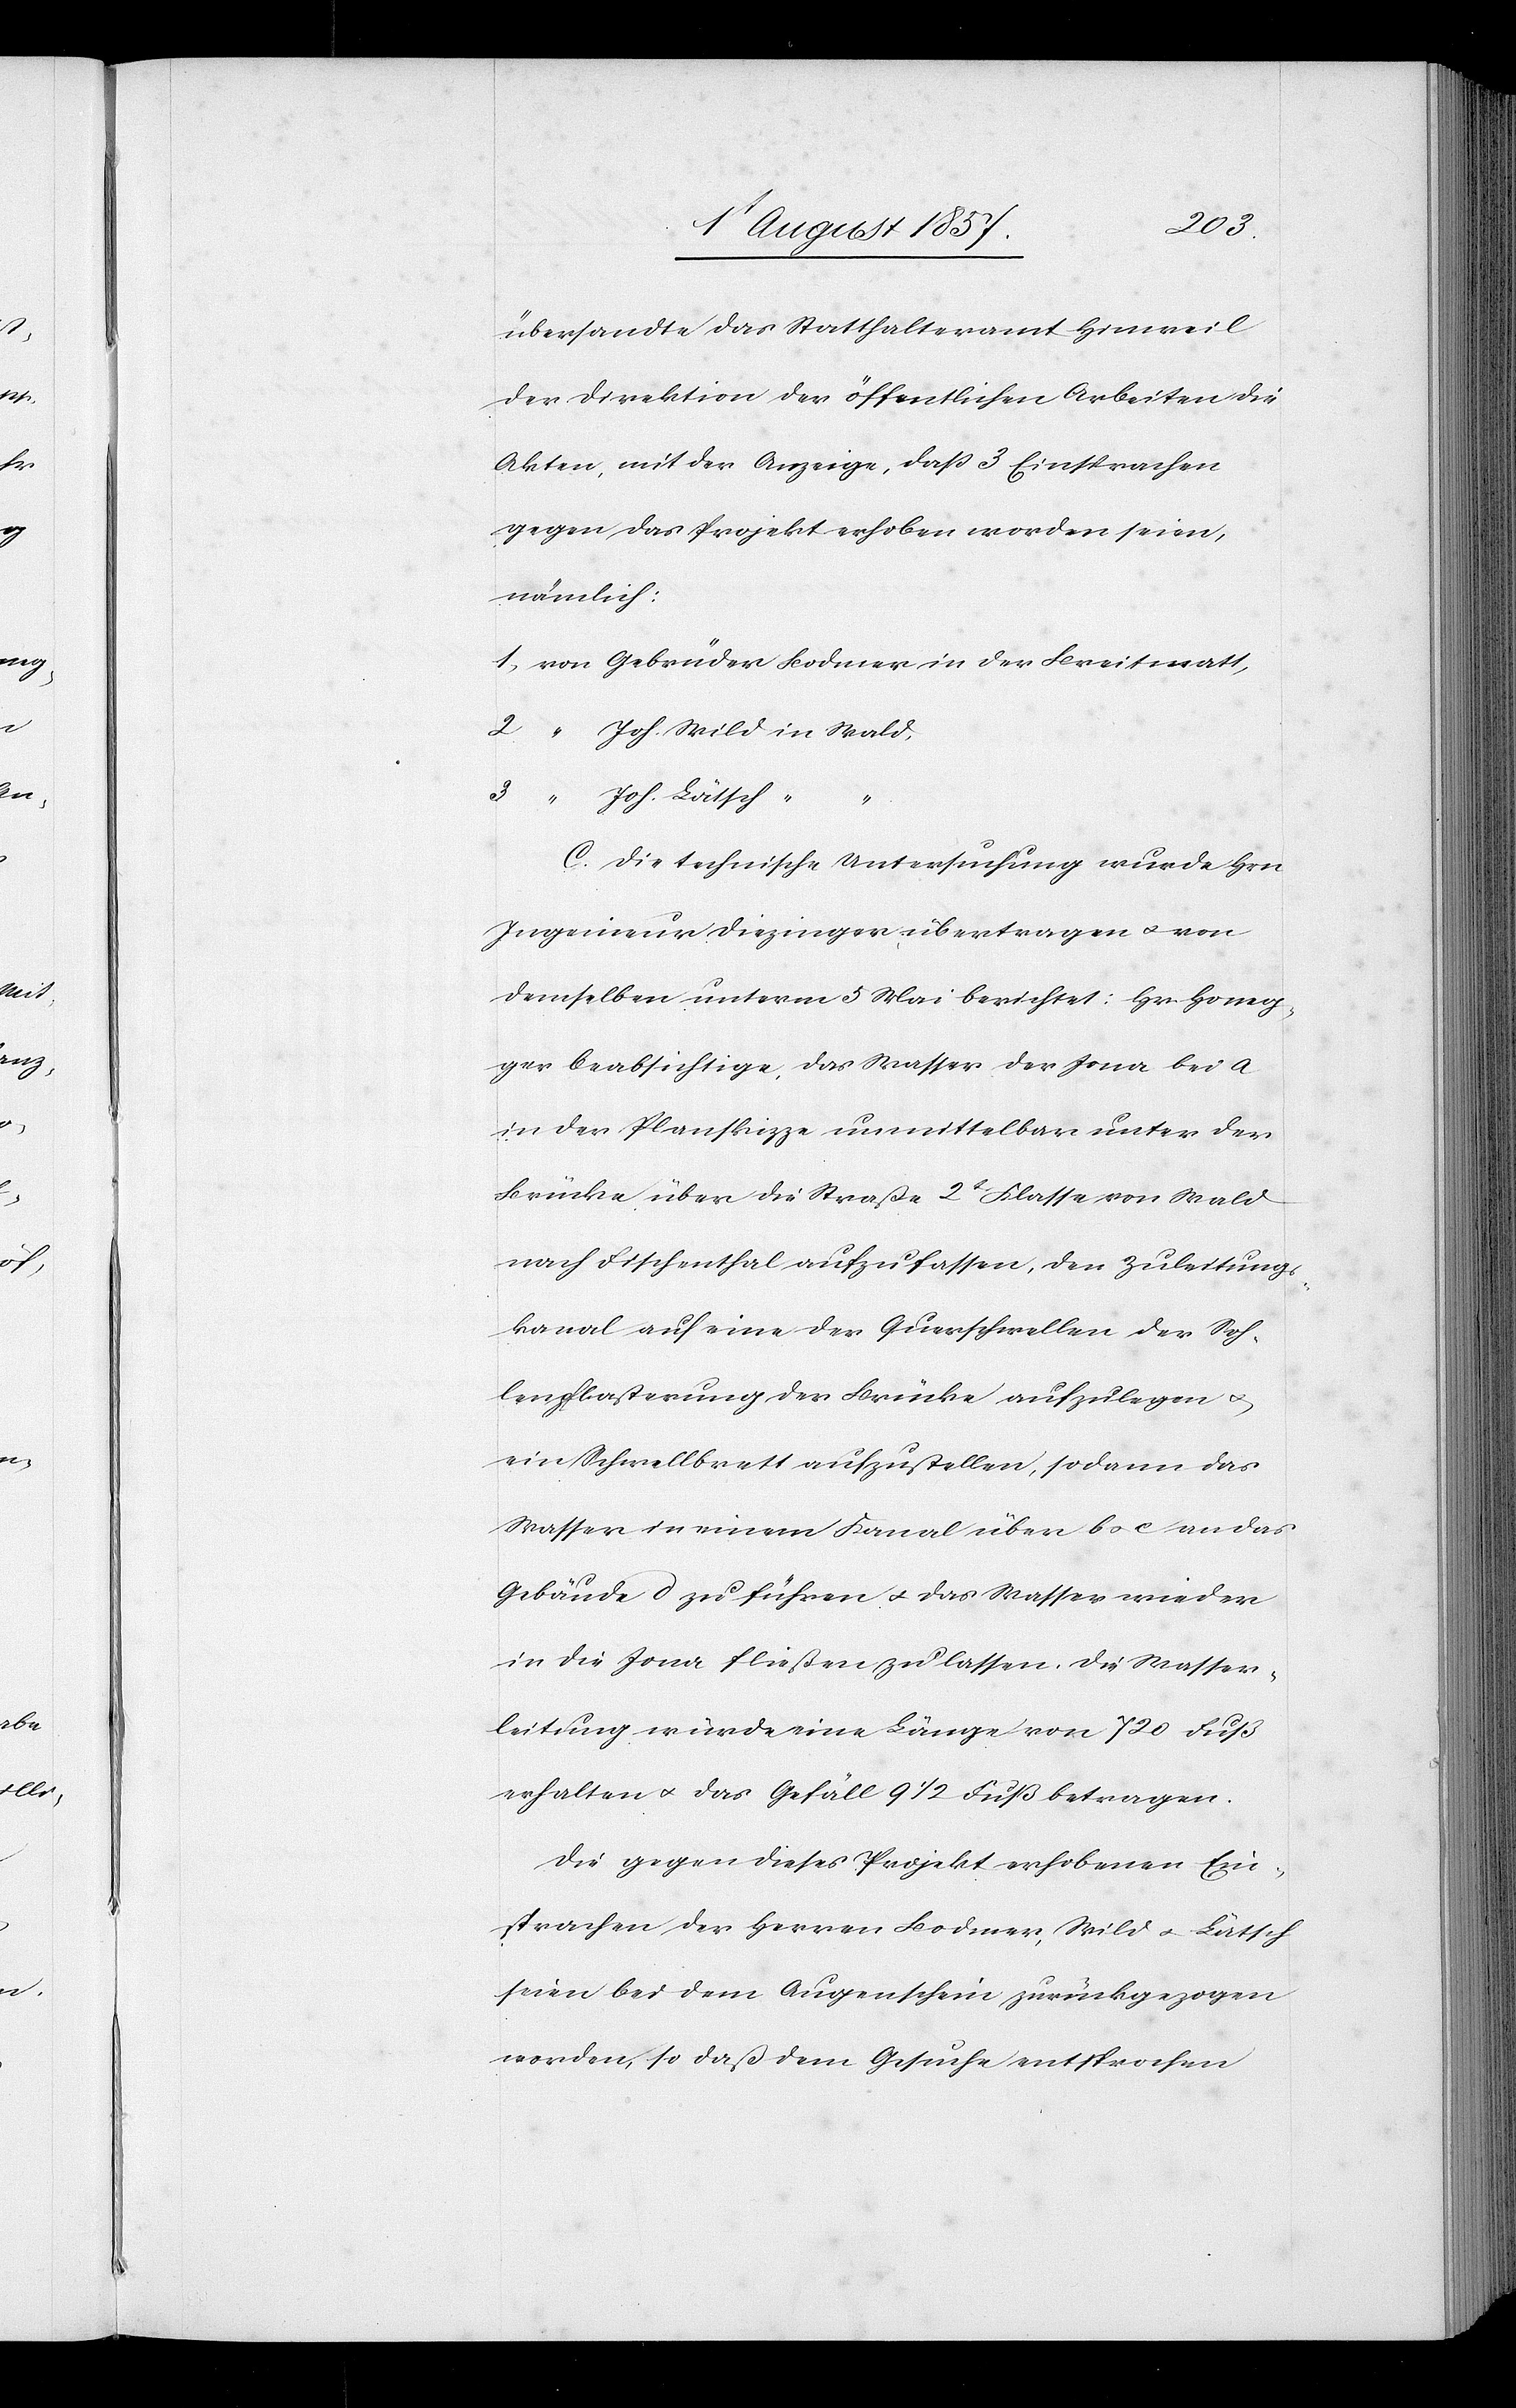
übersandte das Statthalteramt Hinweil
der Direktion der öffentlichen Arbeiten die
Akten, mit der Anzeige, daß 3 Einsprachen
gegen das Projekt erhoben worden seien,
nämlich:
1, von [den] Gebrüder Bodmer in der Breitmatt,
2
“ Joh. Wild in Wald,
3
“ Joh. Lätsch “
C. Die technische Untersuchung wurde Hrn.
Ingenieur Diezinger übertragen & von
demselben unterm 5 Mai berichtet. Hr. Honeg¬
ger beabsichtige, das Wasser der Jona bei a
in der Planskizze unmittelbar unter der
Brücke über die Straße 2t Klasse von Wald
nach Fischenthal aufzufassen, den Zuleitungs¬
kanal auf eine der Querschwellen der Soh¬
lenplasterung der Brücke aufzulegen &
ein Schwellbrett aufzustellen, sodann das
Wasser in einem Kanal über b & c an das
Gebäude zu führen & das Wasser wieder
in die Jona fließen zu lassen. Die Wasser¬
leitung würde eine Länge von 720 Fuß
erhalten & das Gefäll 9 1/2 Fuß betragen.
Die gegen dieses Projekt erhobenen Ein¬
sprachen der Herren Bodmer, Wild & Lättsch
seien bei dem Augenschein zurückgezogen
worden, so daß dem Gesuche entsprochen